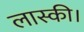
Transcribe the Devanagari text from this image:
लास्की।